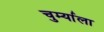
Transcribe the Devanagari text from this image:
चुर्म्याला